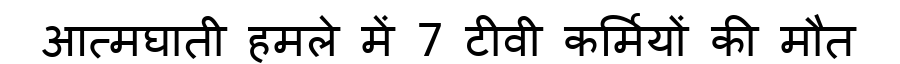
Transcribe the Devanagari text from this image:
आत्मघाती हमले में 7 टीवी कर्मियों की मौत